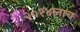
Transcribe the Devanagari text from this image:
२०१४लाच